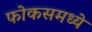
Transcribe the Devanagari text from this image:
फोकसमध्ये